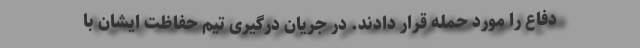
دفاع را مورد حمله قرار دادند. در جریان درگیری تیم حفاظت ایشان با